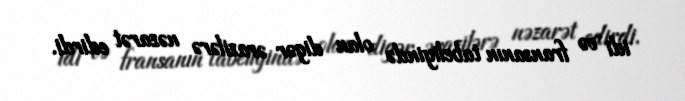
idi və fransanın tabeliyində olan digər ərazilərə nəzarət edirdi.